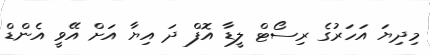
މިދިޔަ އަހަރުގެ ރިސޯޓް ލީޑާ އޮފް ދަ އިޔާ އަށް އޭވީ އެންޑް